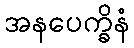
အနပေက္ခိနံ